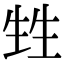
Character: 甡